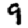
Digit: 9